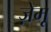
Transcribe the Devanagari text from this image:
ज़ेमू